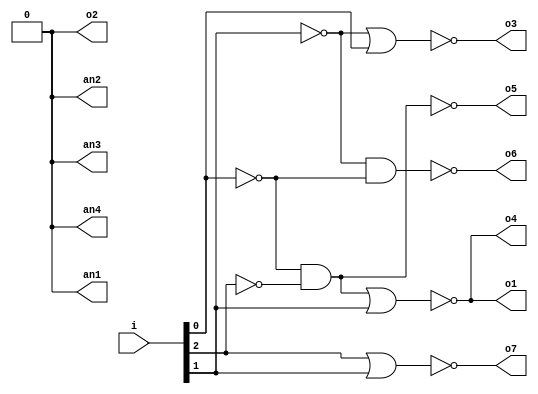
module DecoBCDto7seg(
		i, //cambia depende de lo que pase en la maquina de estados
		o1, o2, o3, o4, o5, o6, o7, //Las salidas cambian depende de los 3 registros anteriores
		an1, an2, an3, an4 //Anodos para activar 7 segmentos
	);
	input [2:0] i;
	output reg o1, o2, o3, o4, o5, o6, o7;
	output an1, an2, an3, an4;
	
	always @(o1, o2, o3, o4, o5, o6, o7,i)
		begin 
			o1 = !( (!i[0]&!i[2]) | i[1] ); //'C'A+B
			o2 = 1'b0;// siempre 1
			o3 = !( (!i[1]) | i[0] ); //'B+C
			o4 = !( (!i[2]&!i[0]) | i[1] );//'A'C+B
			o5 = !( (!i[2]&!i[0]) );//'A'C
			o6 = !( (!i[1]&!i[0]) );//'B'C
			o7 = !( i[2] | i[1] ); //A+B
			
		end
			
	 //Siempre estn en cero
	 assign an1 = 1'b0;
	 assign an2 = 1'b0;
	 assign an3 = 1'b0;
	 assign an4 = 1'b0;
	 
endmodule